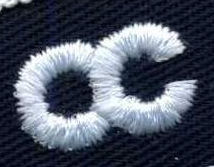
OC